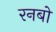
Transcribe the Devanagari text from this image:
रनबो